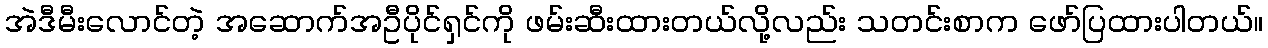
အဲဒီမီးလောင်တဲ့ အဆောက်အဦပိုင်ရှင်ကို ဖမ်းဆီးထားတယ်လို့လည်း သတင်းစာက ဖော်ပြထားပါတယ်။